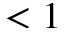
< 1